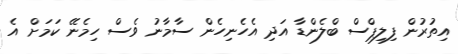
އިތުރުން ފިލިޕްސް ބްލެންޑާ އަދި އެހެނިހެން ސާމާނު ވެސް ހިމެނޭ ކަމަށް އެ